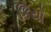
કિયો